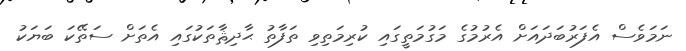
ނަމަވެސް އެފަރުބަދައަށް އެރުމުގެ މަގުމަތީގައި ކުރިމަތިވި ތަފާތު ޙާދިޘާތަކުގައި އެތަށް ސަތޭކަ ބަޔަކު